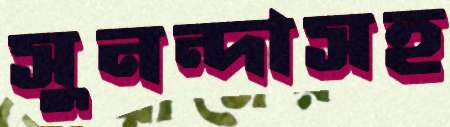
সুনন্দাসহ